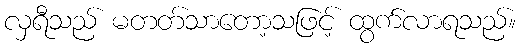
လှရီသည် မတတ်သာတော့သဖြင့် ထွက်လာရသည်။